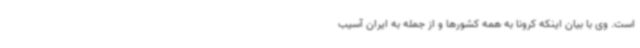
است. وی با بیان اینکه کرونا به همه کشورها و از جمله به ایران آسیب